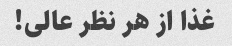
غذا از هر نظر عالی!